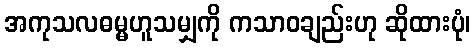
အကုသလဓမ္မဟူသမျှကို ကသာဝချည်းဟု ဆိုထားပုံ၊